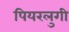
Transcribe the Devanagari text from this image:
पियरलुगी